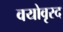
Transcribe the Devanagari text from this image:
वयोवृस्द